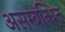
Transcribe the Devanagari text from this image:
असम्बन्धित